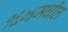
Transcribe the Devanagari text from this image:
१६०४मधील